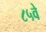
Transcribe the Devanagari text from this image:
८५वे